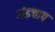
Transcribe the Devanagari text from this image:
गंडचाप